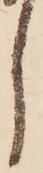
し